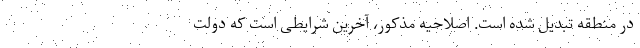
در منطقه تبدیل شده است. اصلاحیه مذکور، ‌آخرین شرایطی است که دولت